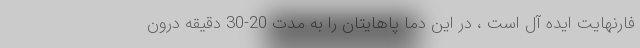
فارنهایت ایده آل است ، در این دما پاهایتان را به مدت 20-30 دقیقه درون